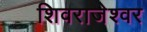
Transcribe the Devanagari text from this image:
शिवराजेश्वर